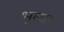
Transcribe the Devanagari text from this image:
भूल्या